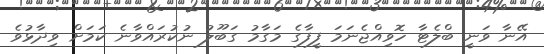
އޭނާ ވަނީ ބްލެޓާ ހޮވިއްޖެނަމަ ފީފާގެ މަގާމު ގަބޫލު ނުކުރައްވާނެ ކަމަށް ވިދާޅުވެ